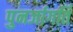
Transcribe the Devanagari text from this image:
पुनर्जागर्ति